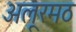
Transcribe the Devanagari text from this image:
अलूरमठ